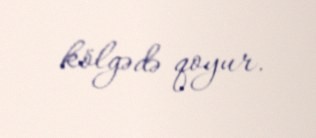
kölgədə qoyur.